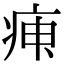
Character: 𤶉